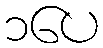
၁ပေ